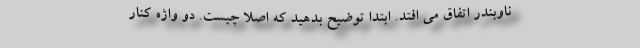
ناوبندر اتفاق می افتد. ابتدا توضیح بدهید که اصلا چیست. دو واژه کنار